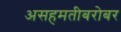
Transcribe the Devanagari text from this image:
असहमतीबरोबर